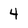
Character: 4